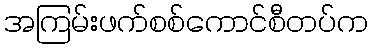
အကြမ်းဖက်စစ်ကောင်စီတပ်က